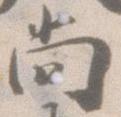
尚